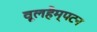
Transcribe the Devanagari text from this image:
वूलहैम्पटन